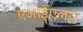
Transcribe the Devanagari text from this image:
एआईएलए